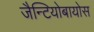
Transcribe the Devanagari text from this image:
जैन्टियोबायोस